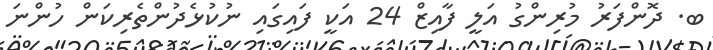
ބ. ދޮންފަރު މުރިންގު އަލީ ފާއިޒް 24 އަކީ ފައިގައި ނުކުޅެދުންތެރިކަން ހުންނަ